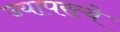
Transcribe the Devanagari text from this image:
ज्यापरत्वे